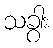
သခွား